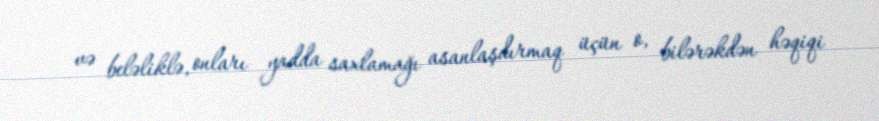
və beləliklə, onları yadda saxlamağı asanlaşdırmaq üçün o, bilərəkdən həqiqi